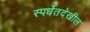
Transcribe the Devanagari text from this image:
स्पर्धेतदेखील